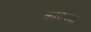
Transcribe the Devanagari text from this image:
काल्च्या